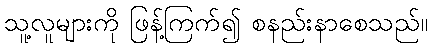
သူ့လူများကို ဖြန့်ကြက်၍ စနည်းနာစေသည်။